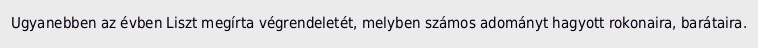
Ugyanebben az évben Liszt megírta végrendeletét, melyben számos adományt hagyott rokonaira, barátaira.